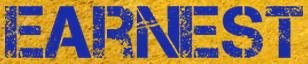
EARNEST